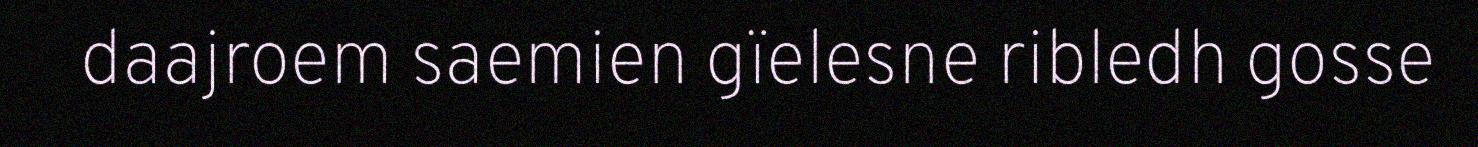
daajroem saemien gïelesne ribledh gosse